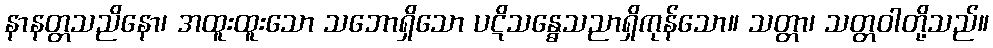
နာနတ္တသညိနော၊ အထူးထူးသော သဘောရှိသော ပဋိသန္ဓေသညာရှိကုန်သော။ သတ္တာ၊ သတ္တဝါတို့သည်။